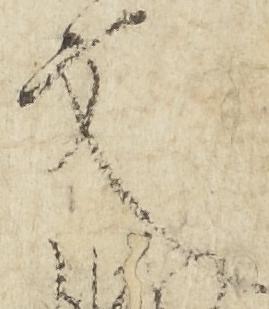
文